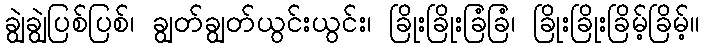
ချွဲချွဲပြစ်ပြစ်၊ ချွတ်ချွတ်ယွင်းယွင်း၊ ခြိုးခြိုးခြံခြံ၊ ခြိုးခြိုးခြိမ့်ခြိမ့်။